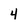
Character: 4